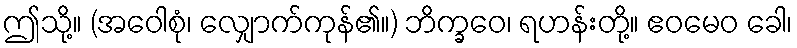
ဤသို့။ (အဝေါစုံ၊ လျှောက်ကုန်၏။) ဘိက္ခဝေ၊ ရဟန်းတို့။ ဧဝမေဝ ခေါ၊